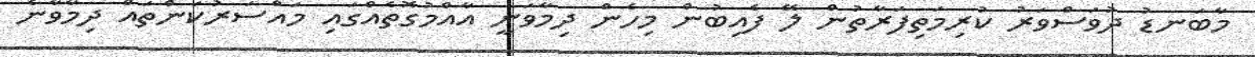
މާބަނޑު ދުވަސްވަރު ކުރިމަތިފަރާތުން ލޭ ފެއިބުން މިހެން ދިމާވަނީ އާއްމުގޮތެއްގައި މައްސަރުކަންތައް ދިމާވާނެ